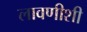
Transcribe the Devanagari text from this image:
लावणीशी